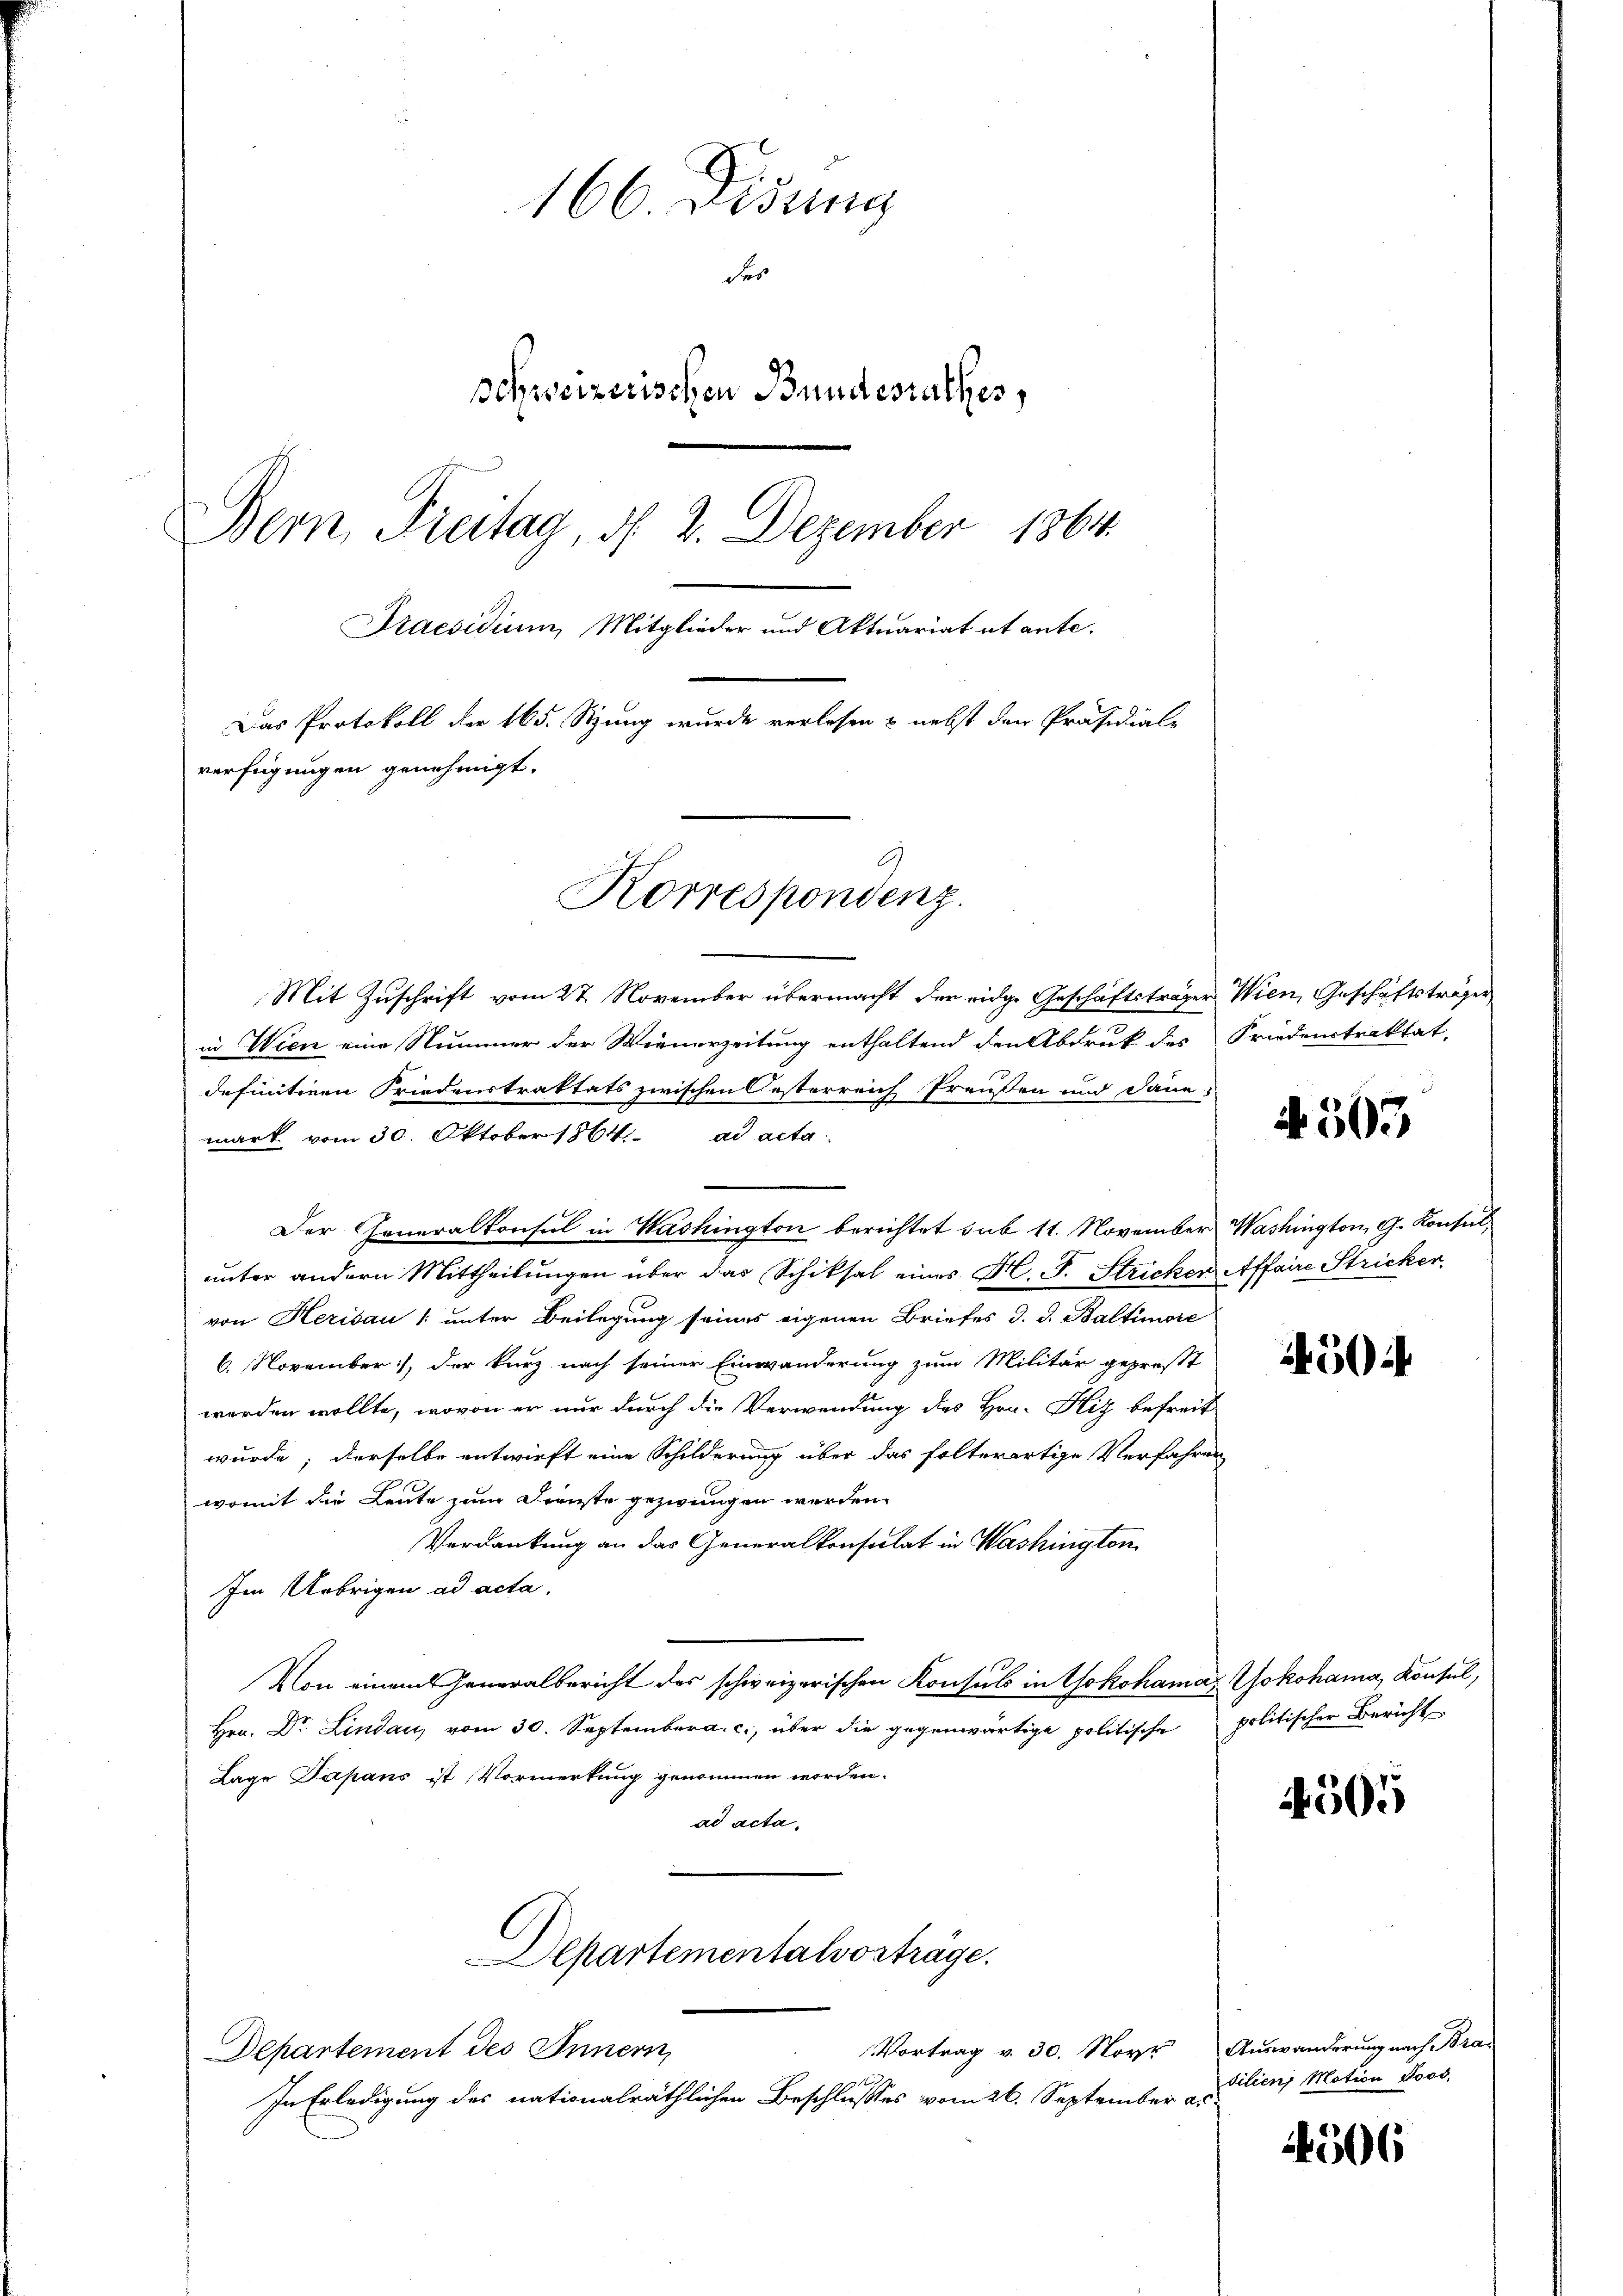
166 Didung
des
schweizerischen Bundesrathes,
Bern Freitag, d. 2. Dezember 1864.
Praesidium, Mitglieder und Aktuariat et ante.
Das Protokoll der 165. Sitzung wurde verlesen & nebst den Präsidials
verfügungen genehmigt.

Mit Zuschrift vom 27. November übermacht der eidge Geschäftsträger Wien, Geschäftsträger
in Wien eine Nummer der Wienerzeitung enthaltend den Abdruk des Friedenstraktat,
definitiven Friedenstraktats zwischen Oesterreich Preußen und Daue
mark vom 30. Oktober 1864. ad acta
Der Generalkonsul in Washington berichtet sub 11. November Washington, G. Konsulunter andern Mittheilungen über das Schiksal eines H. F. Stricken Affaire Stricker,
von Herisau unter Beilegung seines eigenen Briefes d. d. Baltimore
6. November), der kurz nach seiner Einwanderung zum Militär geprost
worden wollte, wovon er nur durch die Verwendung des Hrn. Hiz befreit
wurde; derselbe entwirft eine Schilderung über das folterartige Verfahren
womit die Leute zum Dienste gezwungen werden.
Verdankung an das Generalkonsulat in Washingten
Im Uebrigen ad acta.
Von einem Generalbericht des schweizerischen Konsuls in Yokohama Yokohama, Konsul,
Hrn. Dr. Lindau vom 30. September a. c., über die gegenwärtige politische politischer Bericht
Lage Japans ist Vormerkung genommen worden.
ad acta.
Departementalvorträge.
Vortrag v. 30. Noyr
Departement des Innern,
In Erledigung des nationalräthlichen Beschlusses vom 26. September a.

Korrespondenz.

A. 503

450:

4505

Auswanderung nach Bra
dilien Motion Joso,

4506